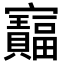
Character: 𫴦